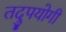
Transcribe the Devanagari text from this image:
तदुपयोगी